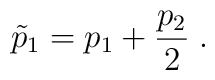
\tilde{p}_1 = p_1+\frac{p_2}{2}\; .